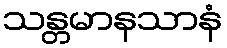
သန္တမာနသာနံ